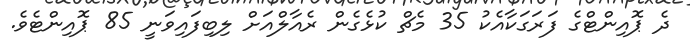
ދެ ޕޮއިންޓްގެ ފަރަގަކާއެކު 35 މެޗް ކުޅެގެން ރެއާލްއަށް ލިބިފައިވަނީ 85 ޕޮއިންޓެވެ.